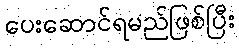
ပေးဆောင်ရမည်ဖြစ်ပြီး